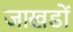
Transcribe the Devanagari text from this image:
जाखडों